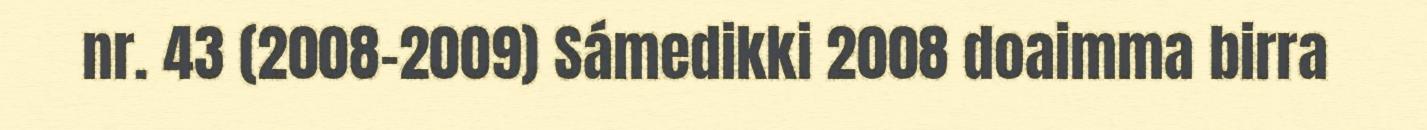
nr. 43 (2008-2009) Sámedikki 2008 doaimma birra